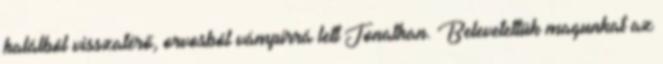
halálból visszatérő, orvosból vámpírrá lett Jonathan. Belevetettük magunkat az